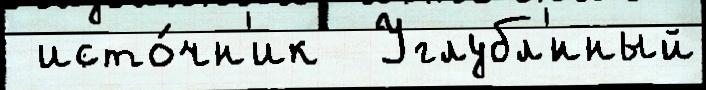
 исто́чн'ик  Углубл'́нный